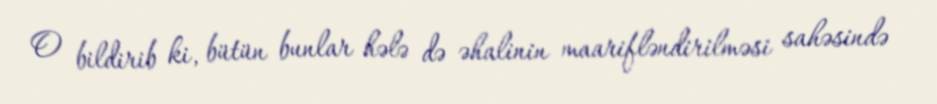
O bildirib ki, bütün bunlar hələ də əhalinin maarifləndirilməsi sahəsində